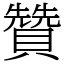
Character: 贊